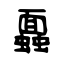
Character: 蠠